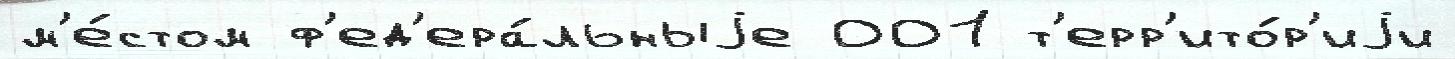
м'е́стом ф'ед'ера́льныjе 001 т'ерр'ито́р'иjи